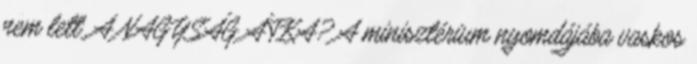
nem lett. A NAGYSÁG ÁTKA? A minisztérium nyomdájába vaskos